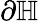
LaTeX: \partial\mathbb{H}